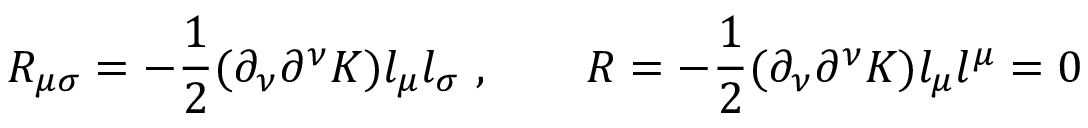
R _ { \mu \sigma } = - { \frac { 1 } { 2 } } ( \partial _ { \nu } \partial ^ { \nu } K ) l _ { \mu } l _ { \sigma } \ , \qquad R = - { \frac { 1 } { 2 } } ( \partial _ { \nu } \partial ^ { \nu } K ) l _ { \mu } l ^ { \mu } = 0